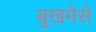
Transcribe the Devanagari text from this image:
बुखमेसे